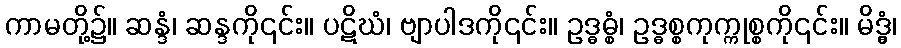
ကာမတို့၌။ ဆန္ဒံ၊ ဆန္ဒကို၎င်း။ ပဋိဃံ၊ ဗျာပါဒကို၎င်း။ ဥဒ္ဓဓ္စံ၊ ဥဒ္ဓစ္စကုက္ကုစ္စကို၎င်း။ မိဒ္ဓွံ၊